Civil Veterinary Department. United Provinces 1923-31 - 1923-1931
Year: 1923
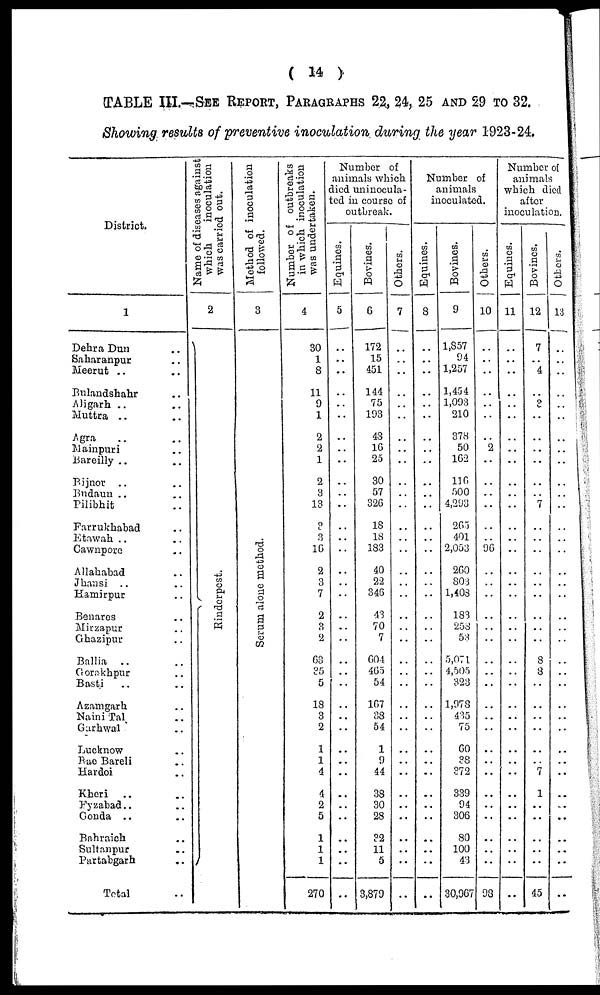
( 14 )
TABLE III.—SEE REPORT, PARAGRAPHS 22, 24, 25 AND 29 TO 32.
Showing results of preventive inoculation during the year 1923-24.
District.
1
Dehra Dun ..
Saharanpur ..
Meerut .. ..
Bulandshahr ..
Aligarh .. ..
Muttra .. ..
Agra .. ..
Mainpuri ..
Bareilly .. ..
Bijnor .. ..
Budaun .. ..
Pilibhit ..
Farrukhabad ..
Etawah .. ..
Cawnpore ..
Allahabad
Jhansi .. ..
Hamirpur ..
Benares
Mirzapur ..
Ghazipur ..
Ballia .. ..
Gorakhpur ..
Basti .. ..
Azamgarh ..
Naini Tal ..
Gurhwal ..
Lucknow ..
Rae Bareli ..
Hardoi ..
Kheri .. ..
Fyzabad .. ..
Gonda .. ..
Bahraich ..
Sultanpur ..
Partabgarh ..
Total ..
Name of diseases against
which
inoculation
was carried out.
2
Ri nder pes t
.
Method of inoculation
followed.
3
Se r
um alone method.
Number of outbreaks
in which inoculation
was undertaken.
4
30
1
8
11
9
1
2
2
1
2
3
13
3
3
16
2
3
7
2
3
2
63
35
5
18
3
2
1
1
4
4
2
5
1
1
1
270
Number of
animals which
died uninocula-
ted in course of
outbreak.
Equines.
5
..
..
..
..
..
..
..
..
..
..
..
..
..
..
..
..
..
..
.. ..
..
..
..
..
..
..
..
..
..
..
..
..
..
..
..
..
..
..
Bovines.
6
172
15
451
144
75
193
48
16
25
30
57
326
18
18
183
40
22
346
43
70
7
604
465
54
167
38
54
1
9
44
38
30
28
32
11
5
3,879
Others.
7
..
..
..
..
..
..
..
..
..
..
..
..
..
..
..
..
..
..
.. ..
..
..
..
..
..
..
..
..
..
..
..
..
..
..
..
..
..
..
Number of
animals
inoculated.
Equines.
8
..
..
..
..
..
..
..
..
..
..
..
..
..
..
..
..
..
..
.. ..
..
..
..
..
..
..
..
..
..
..
..
..
..
..
..
..
..
Bovines.
9
1,857
94
1,257
1,454
1,093
210
378
50
162
116
500
4,293
265
401
2,053
260
803
1,408
183
258
53
5,071
4,505
323
1,978
435
75
60
38
372
339
94
306
80
100
43
30,967
Others.
10
..
..
..
..
..
..
..
2
..
..
..
..
..
..
96
..
..
..
.. ..
..
..
..
..
..
..
..
..
..
..
..
..
..
..
..
..
..
98
Number of
animals
which died
after
inoculation,
Equines.
11
..
..
..
..
..
..
..
..
..
..
..
..
..
..
..
..
..
.. ..
..
..
..
..
..
..
..
..
..
..
..
..
..
..
..
..
..
..
Bovines.
12
7
..
4
..
3
..
..
..
..
..
..
7
..
..
..
..
..
..
.. ..
..
..
8
8
..
..
..
..
..
..
7
1
..
..
..
..
..
45
Others.
13
..
..
..
..
..
..
..
..
..
..
..
..
..
..
..
..
..
..
.. ..
..
..
..
..
..
..
..
..
..
..
..
..
..
..
..
..
..
..